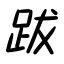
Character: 跋